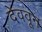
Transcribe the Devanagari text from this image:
देववून